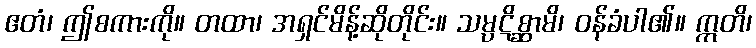
ဧတံ၊ ဤစကားကို။ တထာ၊ အရှင်မိန့်ဆိုတိုင်း။ သမ္ပဋိစ္ဆာမိ၊ ဝန်ခံပါ၏။ ဣတိ၊